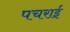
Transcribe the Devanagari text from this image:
पचराई